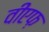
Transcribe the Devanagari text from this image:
वीएफ़